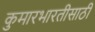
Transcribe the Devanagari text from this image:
कुमारभारतीसाठी